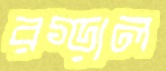
রগ্‌ড়াল